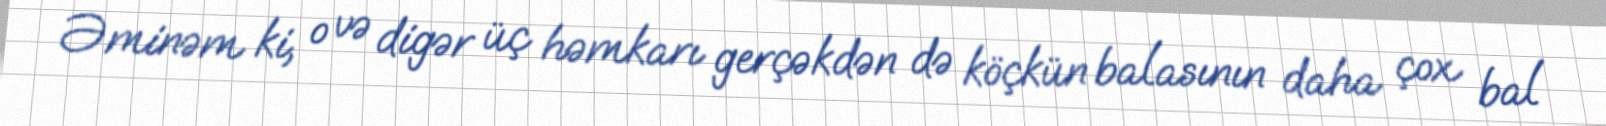
Əminəm ki, o və digər üç həmkarı gerçəkdən də köçkün balasının daha çox bal